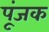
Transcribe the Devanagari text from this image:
पूंजक